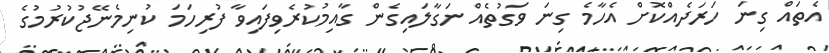
އެތައް ގިނަ ހަރަދެއްކޮށް އެހާމެ ގިނަ ވަގުތެއް ނަގާލައިގެން ގާއިމުކުރެވިފައިވާ ފުރިހަމަ ކުނިމެނޭޖުކުރުމުގެ